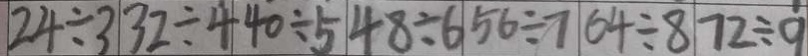
2 4 \div 3 3 2 \div 4 4 0 \div 5 4 8 \div 6 5 6 \div 7 6 4 \div 8 7 2 \div 9